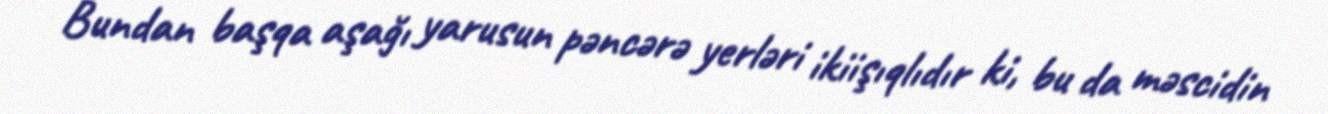
Bundan başqa aşağı yarusun pəncərə yerləri ikiişıqlıdır ki, bu da məscidin